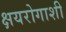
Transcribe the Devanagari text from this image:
क्षयरोगाशी